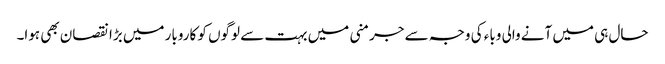
حال ہی میں آنے والی وباء کی وجہ سے جرمنی میں بہت سے لوگوں کو کاروبار میں بڑا نقصان بھی ہوا۔